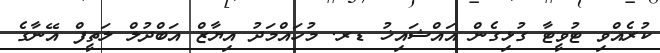
ކުރެއްވި ޓުވީޓާ ގުޅިގެން އައްޝައިޚު ޑރ. މުހައްމަދު އިޔާޒް އަބްދުލް ލަތީފް އޭނާގެ